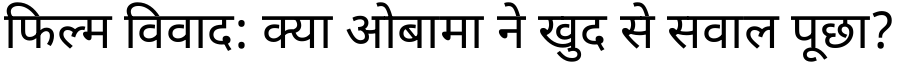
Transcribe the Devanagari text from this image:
फिल्म विवाद: क्या ओबामा ने खुद से सवाल पूछा?